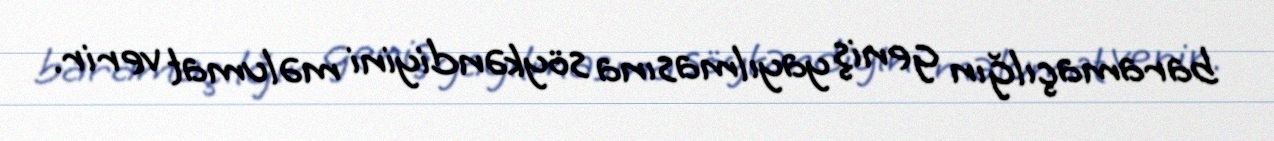
baramaçılğın geniş yayılmasına söykəndiyini məlumat verir.